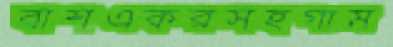
বাশএকরসহগাম